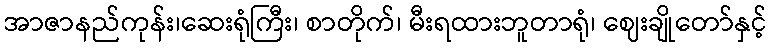
အာဇာနည်ကုန်း၊ဆေးရုံကြီး၊ စာတိုက်၊ မီးရထားဘူတာရုံ၊ ဈေးချိုတော်နှင့်